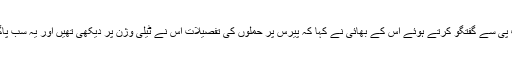
نیوز ایجنسی اے ایف پی سے گفتگو کرتے ہوئے اُس کے بھائی نے کہا کہ پیرس پر حملوں کی تفصیلات اُس نے ٹیلی وژن پر دیکھی تھیں اور یہ سب پاگل پن کا مظاہرہ تھا۔